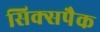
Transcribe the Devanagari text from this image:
सिक्सपैक